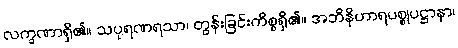
လက္ခဏာရှိ၏။ သပုရဏရသာ၊ တွန်းခြင်းကိစ္စရှိ၏။ အဘိနိဟာရပစ္စုပဋ္ဌာနာ၊